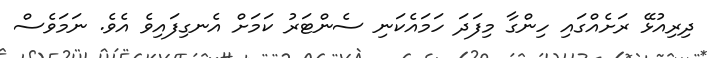
ދިރިއުޅޭ ރަށެއްގައި ހިންގާ މިފަދަ ހަމައެކަނި ސެންޓަރު ކަމަށް އެނގިފައިވެ އެވެ. ނަމަވެސް